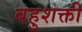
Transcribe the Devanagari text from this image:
बहुशक्ती